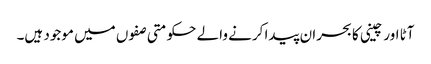
آٹا اور چینی کا بحران پیدا کرنے والے حکومتی صفوں میں موجود ہیں۔